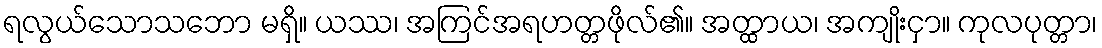
ရလွယ်သောသဘော မရှိ။ ယဿ၊ အကြင်အရဟတ္တဖိုလ်၏။ အတ္ထာယ၊ အကျိုးငှာ။ ကုလပုတ္တာ၊